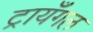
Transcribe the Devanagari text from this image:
ट्रायँगल